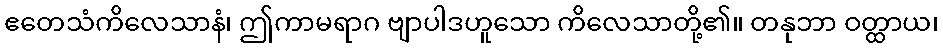
ဧတေသံကိလေသာနံ၊ ဤကာမရာဂ ဗျာပါဒဟူသော ကိလေသာတို့၏။ တနုဘာ ဝတ္ထာယ၊